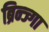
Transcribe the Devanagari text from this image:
ब्रिन्ज्गा